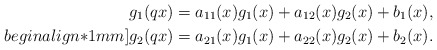
\begin{align*}& g_1(qx)=a_{11}(x)g_1(x)+a_{12}(x)g_2(x) + b_1 (x),\\begin{align*}1mm]& g_2(qx)=a_{21}(x)g_1(x)+a_{22}(x)g_2(x) + b_2 (x).\end{align*}